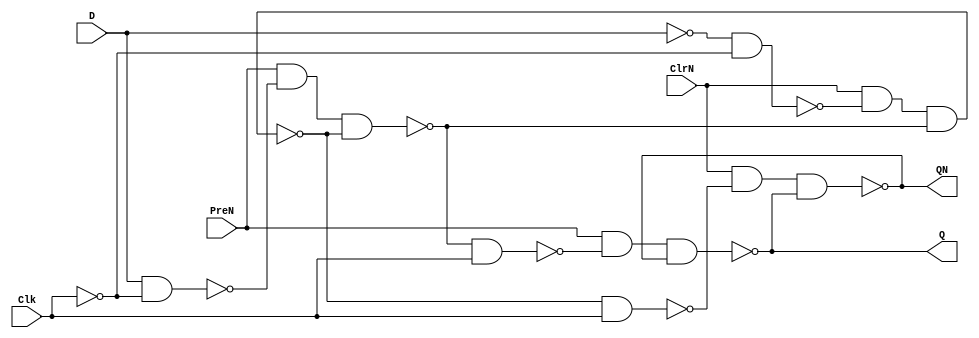
module DFFwPreNClr(PreN, ClrN, D, Clk, Q, QN);
	input PreN, ClrN, D, Clk;
	output Q, QN;
	
	wire DN, Clk_N, w1, w2, w3, w4, w5, w6;
	
	not(DN, D);
	not(Clk_N, Clk);
	
	nand(w1, D, Clk_N);
	nand(w2, DN, Clk_N);
	
	nand(w3, PreN, w1, w4);
	nand(w4, ClrN, w2, w3);
	
	nand(w5, w3, Clk);
	nand(w6, w4, Clk);
	
	nand(Q, PreN, w5, QN);
	nand(QN, ClrN, w6, Q);
endmodule